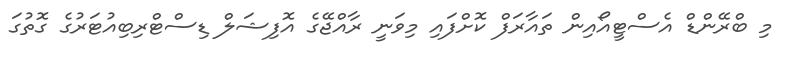
މި ބްރޭންޑް އެސްޓީއޯއިން ތައާރަފް ކޮށްފައި މިވަނީ ރާއްޖޭގެ އޮފިޝަލް ޑިސްޓްރިބިއުޓަރުގެ ގޮތުގަ